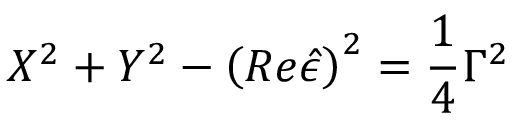
X ^ { 2 } + Y ^ { 2 } - \left( R e \hat { \epsilon } \right) ^ { 2 } = \frac 1 4 \Gamma ^ { 2 }